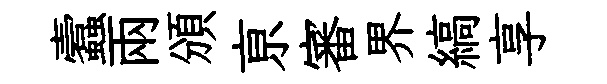
蠧兩頒亰審界縞享